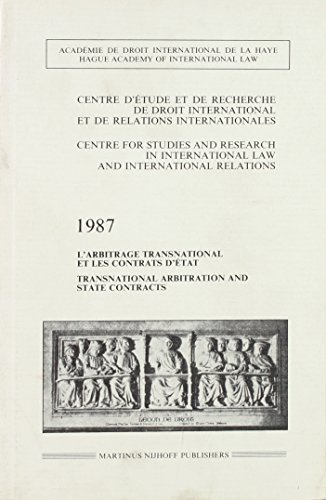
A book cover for Centre d'Etude et de Recherche de Droit International et de Relations Internationales 1987 (Centre for Studies and Research in International Law and Int); Law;